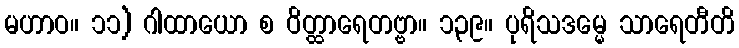
မဟာဝ။ ၁၁) ဂါထာယော စ ဝိတ္ထာရေတဗ္ဗာ။ ၁၃၉။ ပုရိသဒမ္မေ သာရေတီတိ